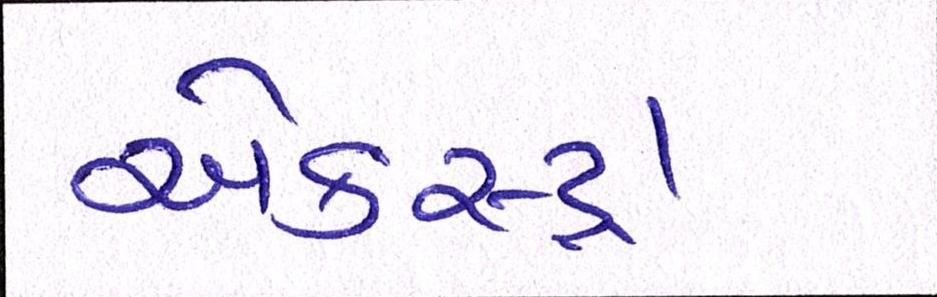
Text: એકસ્ટ્રા